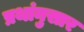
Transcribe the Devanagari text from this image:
प्रथांनुसार